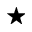
\star